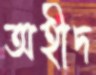
অহীদ